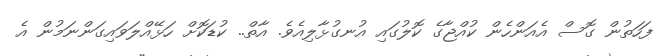
ފަހަތުން ގޮސް އެއަންހެން ކުއްޖާގެ ކޮލުގައި އުނގުޅާލިއެވެ. އާތް.. ކުޑަކޮށް ހަޅޭއްލަވައިގަންނަމުން އެ